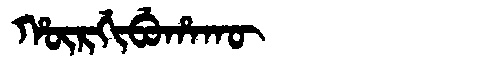
Manchu: ᡥᡡᡵᡤᡳᠪᡠᡥᠠᡴᡡ
Romanization: HŪRGIBUHAKŪ